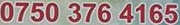
0750 376 4165